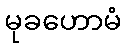
မုခဟောမံ